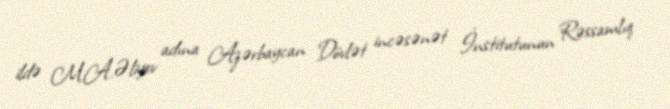
ildə M.A.Əliyev adına Azərbaycan Dövlət incəsənət İnstitutunun Rəssamlıq